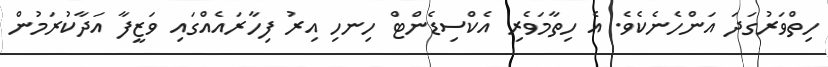
ހިތްވަރުގަދަ އަންހެނެކެވެ. އެ ހިތާމަވެރި އެކްސިޑެންޓް ހިނހި އިރު ފިހާރައެއްގައި ވަޒީފާ އަދާކުރަމުން